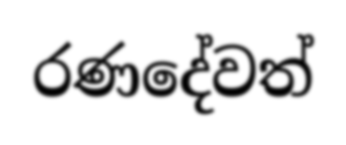
රණදේවත්